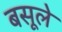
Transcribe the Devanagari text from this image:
बसूले